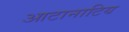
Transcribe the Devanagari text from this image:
आटानाटिय